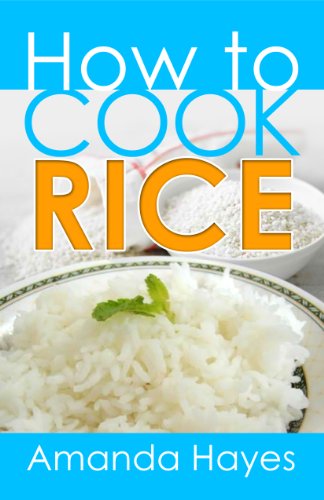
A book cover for How to Cook Rice; Amanda Hayes; Cookbooks, Food & Wine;